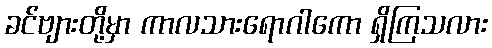
ခင်ဗျားတို့မှာ ကာလသားရောဂါကော ရှိကြသလား